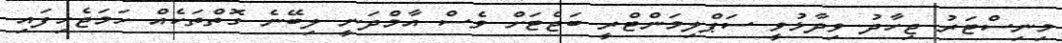
މިނިސްޓަރު ޖިހާދު ވިދާޅުވީ ސަޕްލިމަންޓްރީ ބަޖެޓަށް ވެސް އާމްދަނީ ލިބޭނެ ގޮތްތަކެއް ހަމަޖެހިފައި